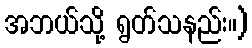
အဘယ်သို့ ရွတ်သနည်း။)